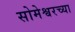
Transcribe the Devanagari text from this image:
सोमेश्वरच्या